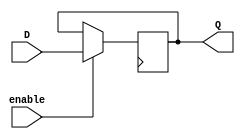
module enable_latch(
    input D, // Data input
    input enable, // Enable input
    output reg Q // Output
);

// D flip-flop with enable signal
always @(posedge clk) begin
    if(enable) begin
        Q <= D;
    end
end

endmodule